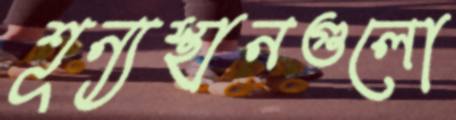
শূন্যস্থানগুলো